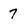
Character: 7